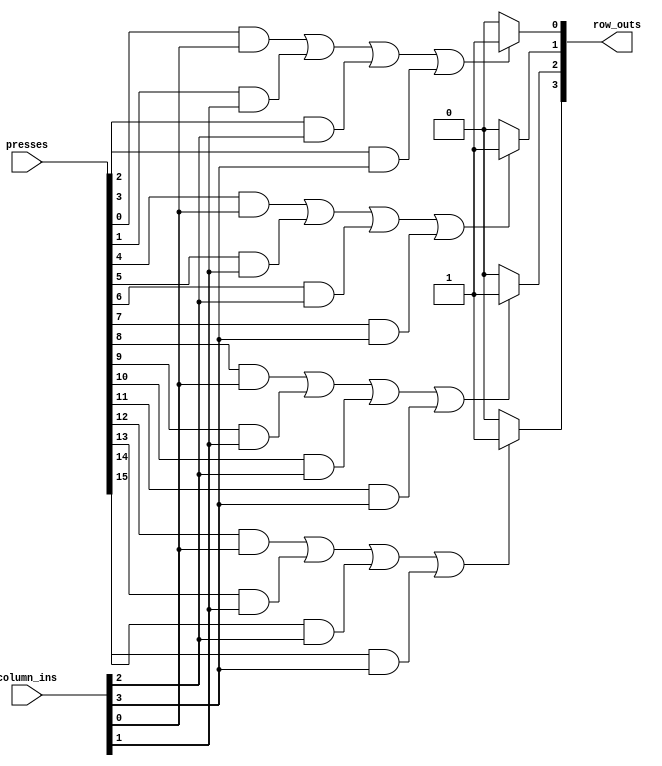
module keygrid_4x4 (
	presses, 
	column_ins,
	row_outs);

// This helps testing of a 4x4 keypad by sending signals out based on the
// incoming high signals.  The theoretical keypad is as below
/*     0  1  2  3
*   -------------
*   0| 0  1  2  3
*   1| 4  5  6  7
*   2| 8  9  10 11
*   3| 12 13 14 15
*/
input [15:0]presses;
input [3:0]column_ins;
output [3:0]row_outs;
wire [3:0]row_outs;

assign row_outs[0] = ((presses[0] == 1'b1 && column_ins[0] == 1'b1) || (presses[1] == 1'b1 && column_ins[1] == 1'b1) || (presses[2] == 1'b1 && column_ins[2] == 1'b1) || (presses[3] == 1'b1 && column_ins[3] == 1'b1)) ? 1'b1 : 1'b0;
assign row_outs[1] = ((presses[4] == 1'b1 && column_ins[0] == 1'b1) || (presses[5] == 1'b1 && column_ins[1] == 1'b1) || (presses[6] == 1'b1 && column_ins[2] == 1'b1) || (presses[7] == 1'b1 && column_ins[3] == 1'b1)) ? 1'b1 : 1'b0;
assign row_outs[2] = ((presses[8] == 1'b1 && column_ins[0] == 1'b1) || (presses[9] == 1'b1 && column_ins[1] == 1'b1) || (presses[10] == 1'b1 && column_ins[2] == 1'b1) || (presses[11] == 1'b1 && column_ins[3] == 1'b1)) ? 1'b1 : 1'b0;
assign row_outs[3] = ((presses[12] == 1'b1 && column_ins[0] == 1'b1) || (presses[13] == 1'b1 && column_ins[1] == 1'b1) || (presses[14] == 1'b1 && column_ins[2] == 1'b1) || (presses[15] == 1'b1 && column_ins[3] == 1'b1)) ? 1'b1 : 1'b0;

endmodule